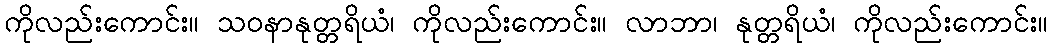
ကိုလည်းကောင်း။ သဝနာနုတ္တရိယံ၊ ကိုလည်းကောင်း။ လာဘာ၊ နုတ္တရိယံ၊ ကိုလည်းကောင်း။